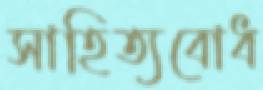
সাহিত্যবোধ